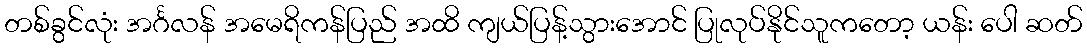
တစ်ခွင်လုံး အင်္ဂလန် အမေရိကန်ပြည် အထိ ကျယ်ပြန့်သွားအောင် ပြုလုပ်နိုင်သူကတော့ ယန်း ပေါ ဆတ်